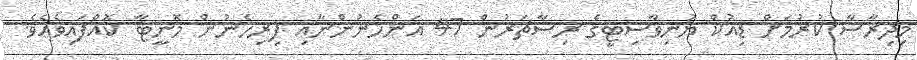
މިދިރާސާ ކުރުމަށް ޑިއުކް ޔުނިވާސިޓީގެ ރިސާޗަރުން 47 އަންހެނުންނާއި ފިރިހެނުން މޮނީޓާ ކޮއްފައިވެއެވެ.